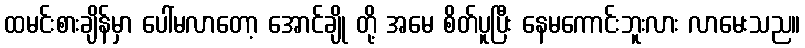
ထမင်းစားချိန်မှာ ပေါ်မလာတော့ အောင်ချို တို့ အမေ စိတ်ပူပြီး နေမကောင်းဘူးလား လာမေးသည။